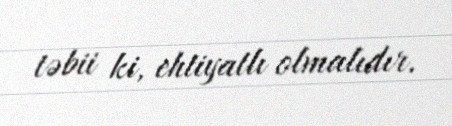
təbii ki, ehtiyatlı olmalıdır.